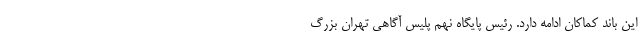
این باند کماکان ادامه دارد. رئیس پایگاه نهم پلیس آگاهی تهران بزرگ